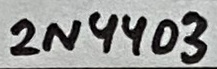
Text: 2N4403